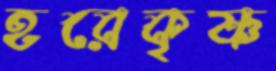
হরেকৃষ্ণ